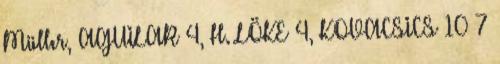
Müller, AGUILAR 4, H. LÖKE 4, KOVACSICS 10 7